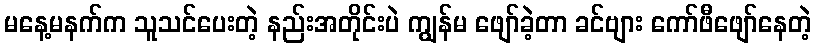
မနေ့မနက်က သူသင်ပေးတဲ့ နည်းအတိုင်းပဲ ကျွန်မ ဖျော်ခဲ့တာ ခင်ဗျား ကော်ဖီဖျော်နေတဲ့